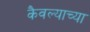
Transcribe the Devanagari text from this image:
कैवल्याच्या